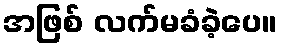
အဖြစ် လက်မခံခဲ့ပေ။